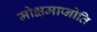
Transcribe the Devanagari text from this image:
मोक्षमाप्नोति